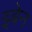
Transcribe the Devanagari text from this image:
इबेन